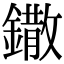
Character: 鏾